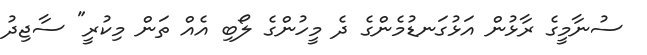
ސުނާމީގެ ރާޅުން އަޅުގަނޑުމެންގެ ދެ މީހުންގެ ލޯބި އެއް ތަން މިކުރީ" ސާޖިދު